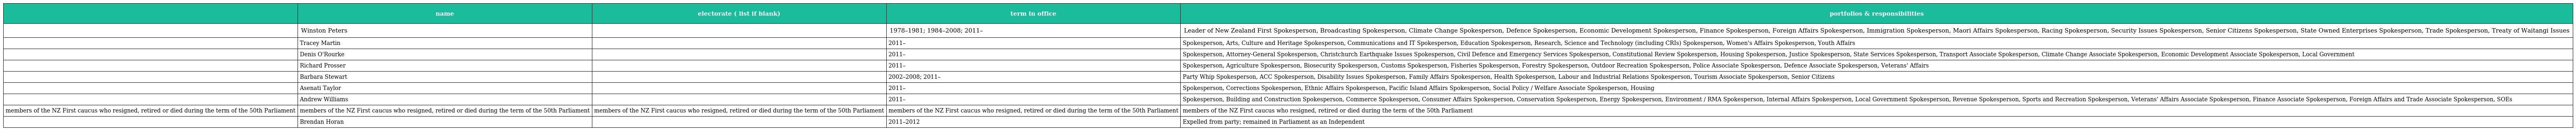
|  | name | electorate ( list if blank) | term in office | portfolios & responsibilities |
 | --- | --- | --- | --- | --- |
 |  | Winston Peters |  | 1978–1981; 1984–2008; 2011– | Leader of New Zealand First Spokesperson, Broadcasting Spokesperson, Climate Change Spokesperson, Defence Spokesperson, Economic Development Spokesperson, Finance Spokesperson, Foreign Affairs Spokesperson, Immigration Spokesperson, Maori Affairs Spokesperson, Racing Spokesperson, Security Issues Spokesperson, Senior Citizens Spokesperson, State Owned Enterprises Spokesperson, Trade Spokesperson, Treaty of Waitangi Issues |
 |  | Tracey Martin |  | 2011– | Spokesperson, Arts, Culture and Heritage Spokesperson, Communications and IT Spokesperson, Education Spokesperson, Research, Science and Technology (including CRIs) Spokesperson, Women's Affairs Spokesperson, Youth Affairs |
 |  | Denis O'Rourke |  | 2011– | Spokesperson, Attorney-General Spokesperson, Christchurch Earthquake Issues Spokesperson, Civil Defence and Emergency Services Spokesperson, Constitutional Review Spokesperson, Housing Spokesperson, Justice Spokesperson, State Services Spokesperson, Transport Associate Spokesperson, Climate Change Associate Spokesperson, Economic Development Associate Spokesperson, Local Government |
 |  | Richard Prosser |  | 2011– | Spokesperson, Agriculture Spokesperson, Biosecurity Spokesperson, Customs Spokesperson, Fisheries Spokesperson, Forestry Spokesperson, Outdoor Recreation Spokesperson, Police Associate Spokesperson, Defence Associate Spokesperson, Veterans' Affairs |
 |  | Barbara Stewart |  | 2002–2008; 2011– | Party Whip Spokesperson, ACC Spokesperson, Disability Issues Spokesperson, Family Affairs Spokesperson, Health Spokesperson, Labour and Industrial Relations Spokesperson, Tourism Associate Spokesperson, Senior Citizens |
 |  | Asenati Taylor |  | 2011– | Spokesperson, Corrections Spokesperson, Ethnic Affairs Spokesperson, Pacific Island Affairs Spokesperson, Social Policy / Welfare Associate Spokesperson, Housing |
 |  | Andrew Williams |  | 2011– | Spokesperson, Building and Construction Spokesperson, Commerce Spokesperson, Consumer Affairs Spokesperson, Conservation Spokesperson, Energy Spokesperson, Environment / RMA Spokesperson, Internal Affairs Spokesperson, Local Government Spokesperson, Revenue Spokesperson, Sports and Recreation Spokesperson, Veterans' Affairs Associate Spokesperson, Finance Associate Spokesperson, Foreign Affairs and Trade Associate Spokesperson, SOEs |
 | members of the NZ First caucus who resigned, retired or died during the term of the 50th Parliament | members of the NZ First caucus who resigned, retired or died during the term of the 50th Parliament | members of the NZ First caucus who resigned, retired or died during the term of the 50th Parliament | members of the NZ First caucus who resigned, retired or died during the term of the 50th Parliament | members of the NZ First caucus who resigned, retired or died during the term of the 50th Parliament |
 |  | Brendan Horan |  | 2011–2012 | Expelled from party; remained in Parliament as an Independent |